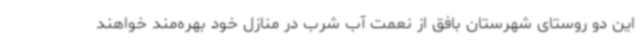
این دو روستای شهرستان بافق از نعمت آب شرب در منازل خود بهره‌مند خواهند